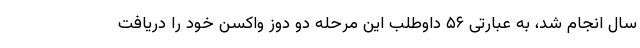
سال انجام شد، به عبارتی ۵۶ داوطلب این مرحله دو دوز واکسن خود را دریافت